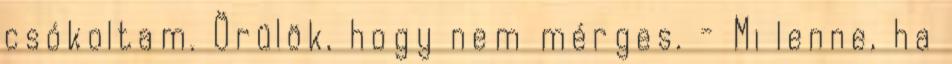
csókoltam. Örülök, hogy nem mérges. - Mi lenne, ha